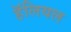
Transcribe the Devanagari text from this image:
हॅलियल